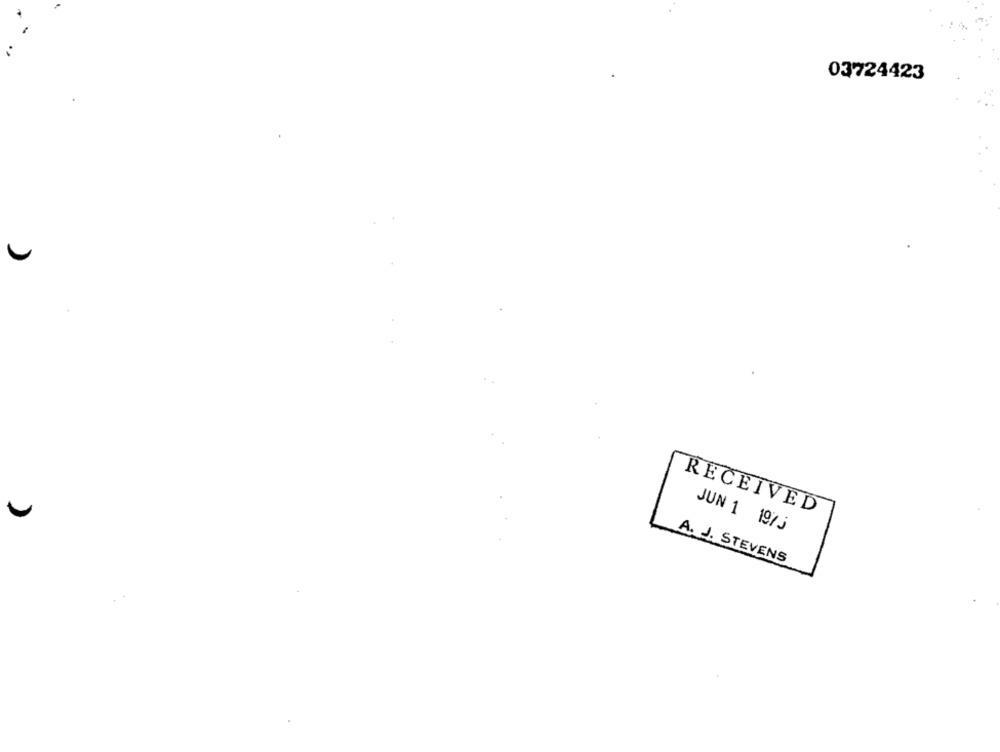
03724423
RECEIVED
JUN 1 1975
A. J. STEVENS